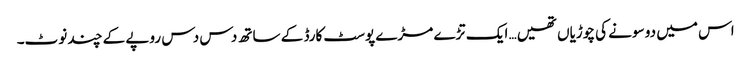
اس میں دو سونے کی چوڑیاں تھیں… ایک تڑے مڑے پوسٹ کارڈ کے ساتھ دس دس روپے کے چند نوٹ۔